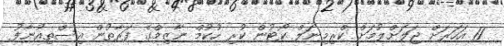
11 އަހަރަށް ޖަލަށްލުމަށް ކްރިމިނަލް ކޯޓުން ކުރި ހުކުމް ނާޒިމްގެ ފަރާތުން އިސްތިއުނާފު